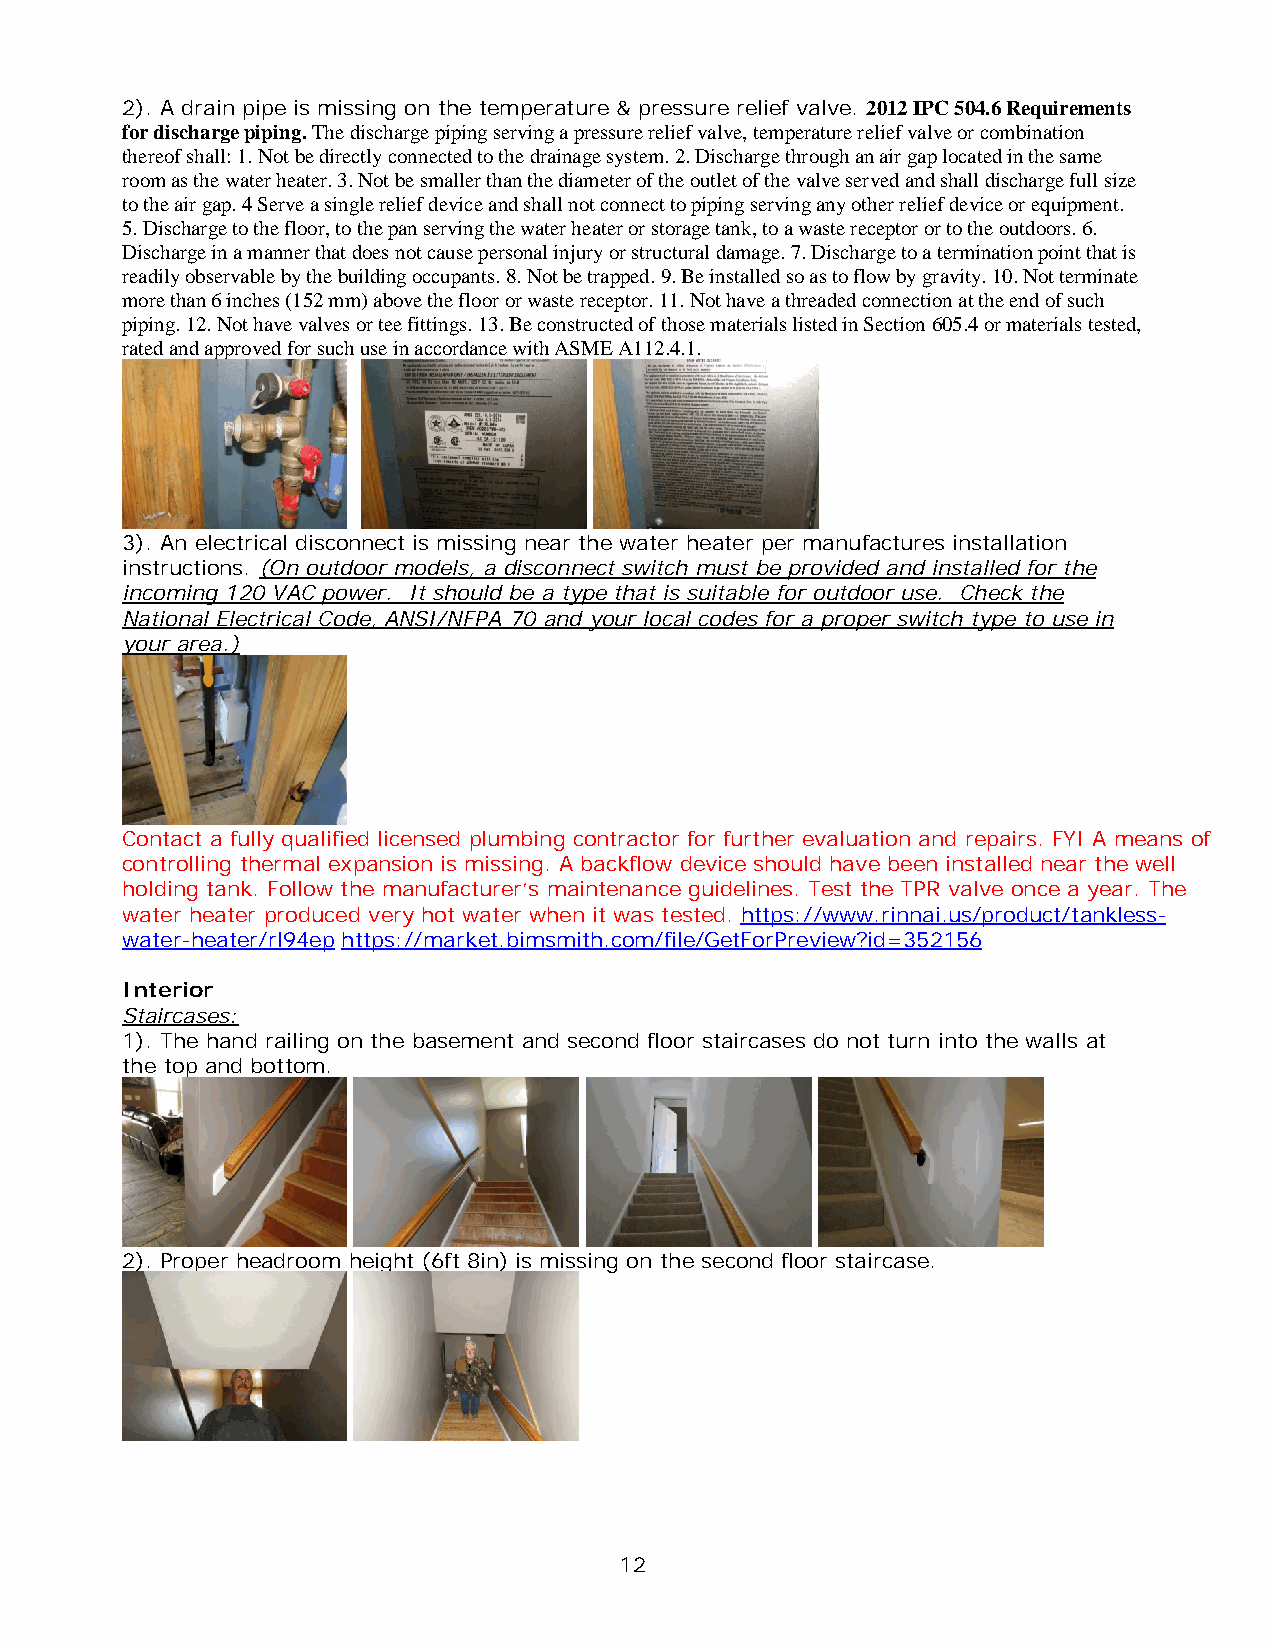
2). A drain pipe is missing on the temperature & pressure relief valve. 2012 IPC 504.6 Requirements
 for discharge piping. The discharge piping serving a pressure relief valve, temperature relief valve or combination
 thereof shall: 1. Not be directly connected to the drainage system. 2. Discharge through an air gap located in the same
 room as the water heater. 3. Not be smaller than the diameter of the outlet of the valve served and shall discharge full size
 to the air gap. 4 Serve a single relief device and shall not connect to piping serving any other relief device or equipment.
 5. Discharge to the floor, to the pan serving the water heater or storage tank, to a waste receptor or to the outdoors. 6.
 Discharge in a manner that does not cause personal injury or structural damage. 7. Discharge to a termination point that is
 readily observable by the building occupants. 8. Not be trapped. 9. Be installed so as to flow by gravity. 10. Not terminate
 more than 6 inches (152 mm) above the floor or waste receptor. 11. Not have a threaded connection at the end of such
 piping. 12. Not have valves or tee fittings. 13. Be constructed of those materials listed in Section 605.4 or materials tested,
 rated and approved for such use in accordance with ASME A112.4.1.
 3). An electrical disconnect is missing near the water heater per manufactures installation
 instructions. (On outdoor models, a disconnect switch must be provided and installed for the
 incoming 120 VAC power. It should be a type that is suitable for outdoor use. Check the
 National Electrical Code, ANSI/NFPA 70 and your local codes for a proper switch type to use in
 your area.)
 Contact a fully qualified licensed plumbing contractor for further evaluation and repairs. FYI A means of
 controlling thermal expansion is missing. A backflow device should have been installed near the well
 holding tank. Follow the manufacturer’s maintenance guidelines. Test the TPR valve once a year. The
 water heater produced very hot water when it was tested. https://www.rinnai.us/product/tankless-
 water-heater/rl94ep https://market.bimsmith.com/file/GetForPreview?id=352156
 Interior
 Staircases:
 1). The hand railing on the basement and second floor staircases do not turn into the walls at
 the top and bottom.
 2). Proper headroom height (6ft 8in) is missing on the second floor staircase.
 12